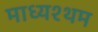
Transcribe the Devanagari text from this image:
माध्यश्थम